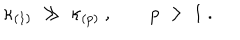
\kappa _ { ( 1 ) } \ \gg \ \kappa _ { ( p ) } \ , \qquad p \ > \ 1 \ .